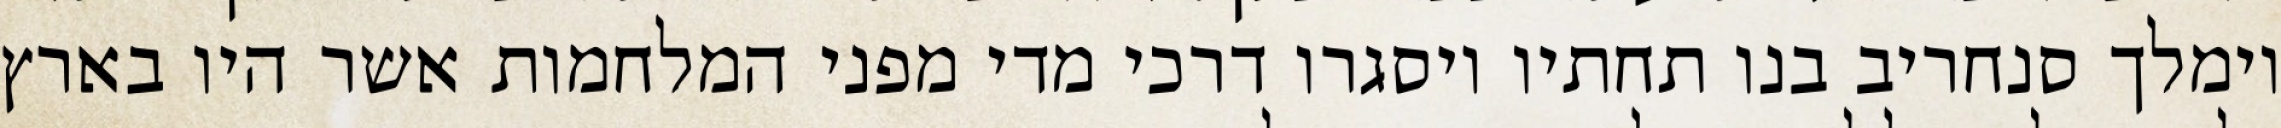
וימלך סנחריב בנו תחתיו ויסגרו דרכי מדי מפני המלחמות אשר היו בארץ